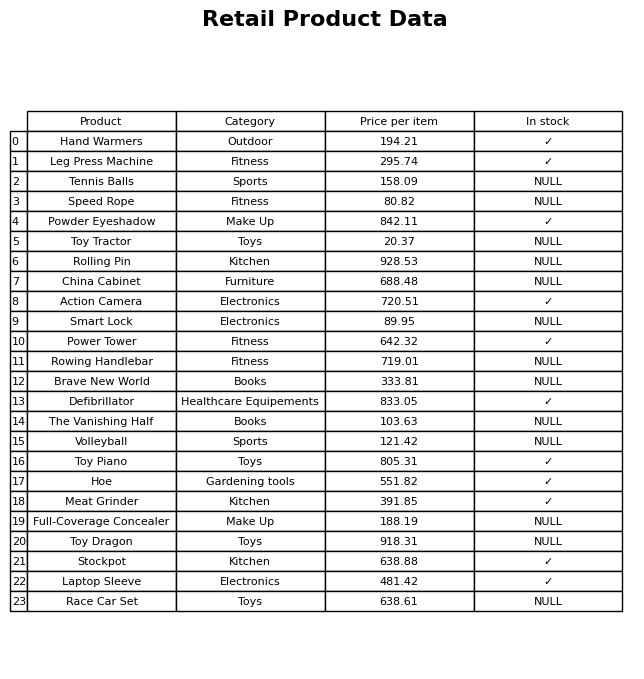
question: What is the price for Smart Lock?
answer: The price of Smart Lock is 89.95.